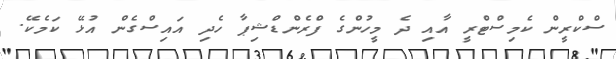
ސްކްރީން ކެމިސްޓްރީ އާއި ދެ މީހުންގެ ފްރެންޑްޝިޕާ ހެދި އައިސްގެން އުޅޭ ކަމެކޭ.